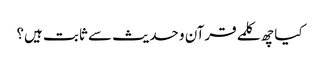
کیا چھ کلمے قرآن و حدیث سے ثابت ہیں؟